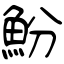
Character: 魵